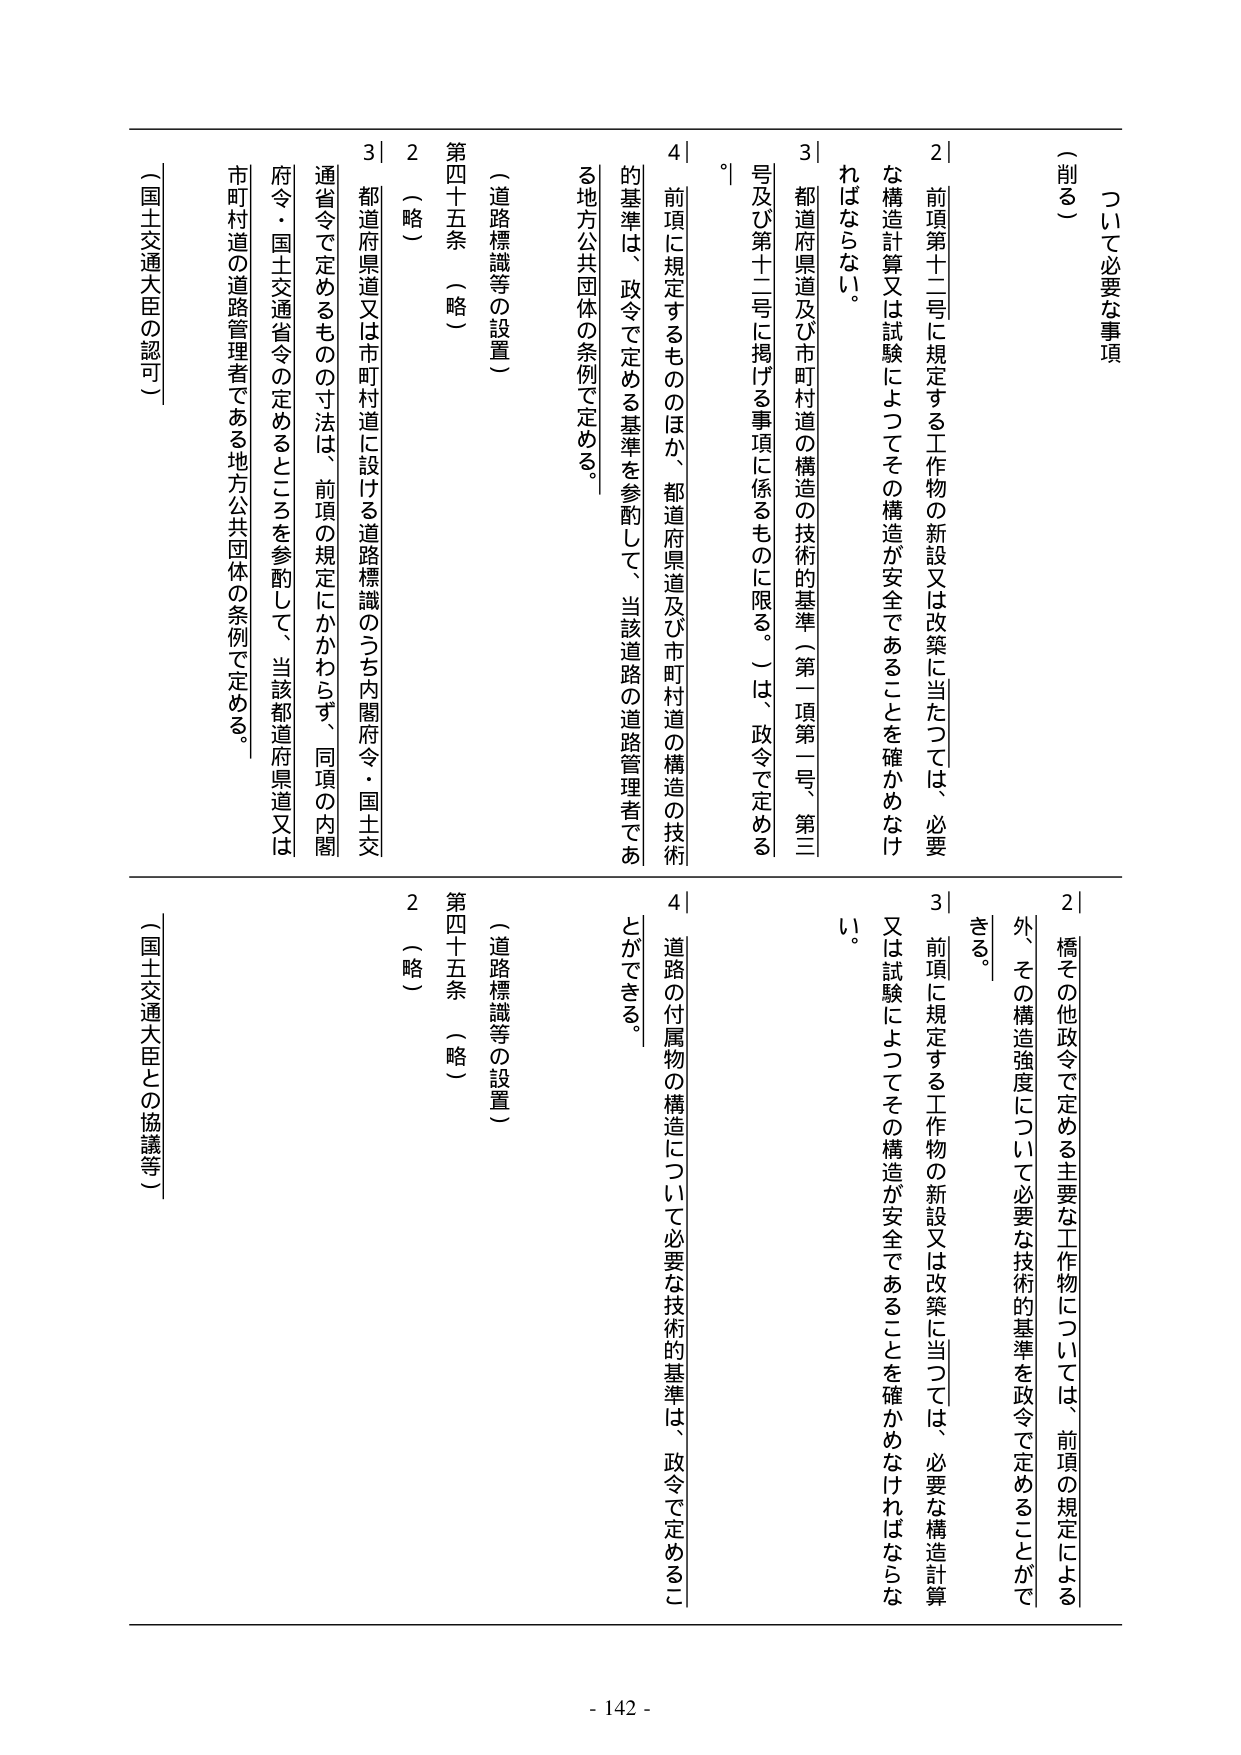
（削る）

ついて必要な事項

２ 前項第十二号に規定する工作物の新設又は改築に当たっては、必要な構造計算又は試験によってその構造が安全であることを確かめなければならない。

３ 都道府県道及び市町村道の構造の技術的基準（第一項第一号、第三号及び第十二号に掲げる事項に係るものに限る。）は、政令で定める。

４ 前項に規定するもののほか、都道府県道及び市町村道の構造の技術的基準は、政令で定める基準を参酌して、当該道路の道路管理者である地方公共団体の条例で定める。

（道路標識等の設置）

第四十五条 （略）

２ （略）

３ 都道府県道又は市町村道に設ける道路標識のうち内閣府令・国土交通省令で定めるものの寸法は、前項の規定にかかわらず、同項の内閣府令・国土交通省令の定めるところを参酌して、当該都道府県道又は市町村道の道路管理者である地方公共団体の条例で定める。

（国土交通大臣の認可）

２ 橋その他政令で定める主要な工作物については、前項の規定による外、その構造強度について必要な技術的基準を政令で定めることができる。

３ 前項に規定する工作物の新設又は改築に当たっては、必要な構造計算又は試験によってその構造が安全であることを確かめなければならない。

４ 道路の付属物の構造について必要な技術的基準は、政令で定めることができる。

（道路標識等の設置）

第四十五条 （略）

２ （略）

（国土交通大臣との協議等）

- 142 -